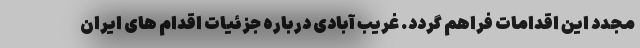
مجدد این اقدامات فراهم گردد. غریب آبادی درباره جزئیات اقدام های ایران